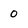
Character: 0